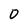
Character: 0